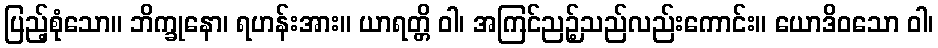
ပြည့်စုံသော။ ဘိက္ခုနော၊ ရဟန်းအား။ ယာရတ္တိ ဝါ၊ အကြင်ညဉ့်သည်လည်းကောင်း။ ယောဒိဝသော ဝါ၊